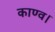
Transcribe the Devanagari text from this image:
काण्व।